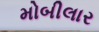
મોબીલાર